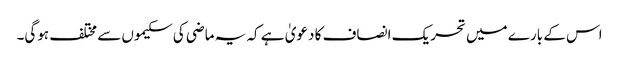
اس کے بارے میں تحریک انصاف کا دعویٰ ہے کہ یہ ماضی کی سکیموں سے مختلف ہوگی۔